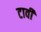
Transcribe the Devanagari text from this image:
टावी